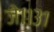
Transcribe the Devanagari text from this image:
जे११३१